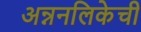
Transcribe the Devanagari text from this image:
अन्ननलिकेची